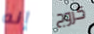
إنه كزوج